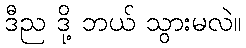
ဒီည ဒို့ ဘယ် သွားမလဲ။